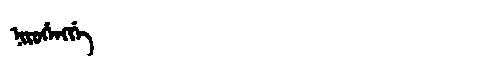
Manchu: ᠨᡳᡵᡠᡥᡝᠩᡤᡝ
Romanization: NIRUHENGGE